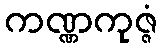
ကဏ္ဏကုဇ္ဇံ